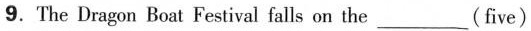
9. The Dragon Boat Festival falls on the___(five)